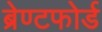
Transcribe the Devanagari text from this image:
ब्रेण्टफोर्ड